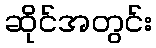
ဆိုင်အတွင်း